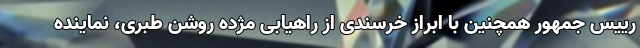
رییس جمهور همچنین با ابراز خرسندی از راهیابی مژده روشن طبری، نماینده